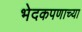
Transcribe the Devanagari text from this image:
भेदकपणाच्या